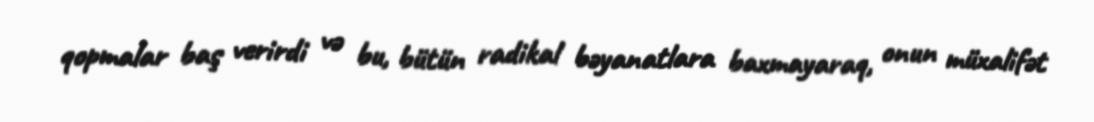
qopmalar baş verirdi və bu, bütün radikal bəyanatlara baxmayaraq, onun müxalifət